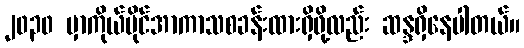
၂၀၃၀ မှာကိုယ်ပိုင်အာကာသစခန်းထားရှိဖို့လည်း ဆန္ဒရှိနေပါတယ်။